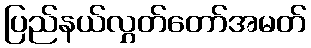
ပြည်နယ်လွှတ်တော်အမတ်